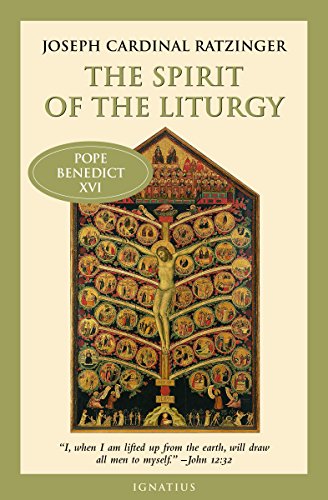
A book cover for The Spirit of the Liturgy; Joseph Ratzinger; Christian Books & Bibles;